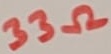
Text: 33Ω